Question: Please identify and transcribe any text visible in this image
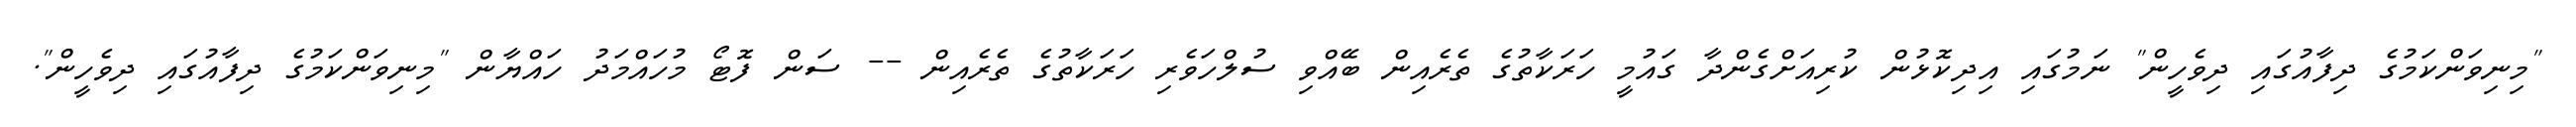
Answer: "މިނިވަންކަމުގެ ދިފާއުގައި ދިވެހީން" ނަމުގައި އިދިކޮޅުން ކުރިއަށްގެންދާ ގައުމީ ހަރަކާތުގެ ތެރެއިން ބޭއްވި ސުލްހަވެރި ހަރަކާތުގެ ތެރެއިން -- ސަން ފޮޓޯ މުހައްމަދު ހައްޔާން "މިނިވަންކަމުގެ ދިފާއުގައި ދިވެހީން".